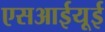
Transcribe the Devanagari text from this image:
एसआईयूई